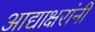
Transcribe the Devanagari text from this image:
आद्याक्षरांनी